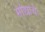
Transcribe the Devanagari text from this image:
मांद्याचे